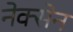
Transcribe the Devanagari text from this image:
नेक्सेन